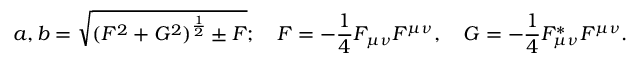
a , b = \sqrt { ( { \cal F } ^ { 2 } + { \cal G } ^ { 2 } ) ^ { \frac { 1 } { 2 } } \pm { \cal F } } ; \quad { \cal F } = - \frac { 1 } { 4 } F _ { \mu \nu } F ^ { \mu \nu } , \quad { \cal G } = - \frac { 1 } { 4 } F _ { \mu \nu } ^ { * } F ^ { \mu \nu } .